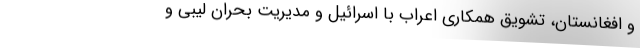
و افغانستان، تشویقِ همکاری اعراب با اسرائیل و مدیریت بحران لیبی و